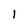
Character: 1